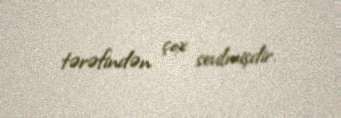
tərəfindən çox sevilmişdir.